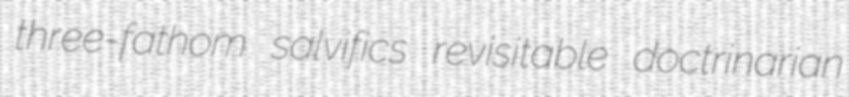
three-fathom salvifics revisitable doctrinarian